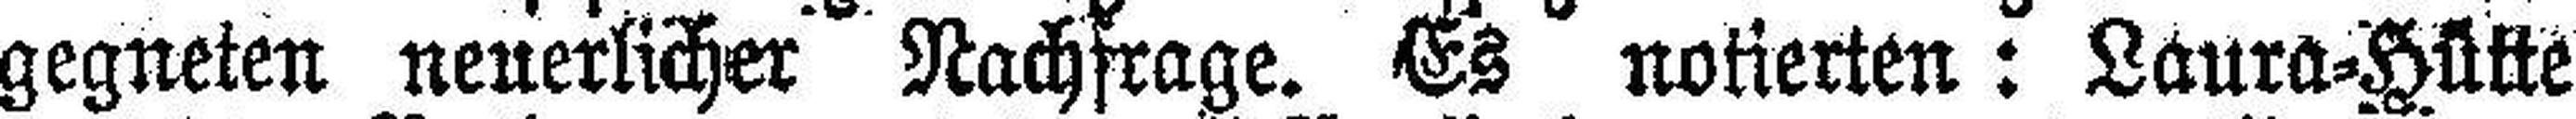
gegneten neuerlicher Nachfrage. Es notierten: Laura=Hütte